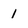
Character: 1